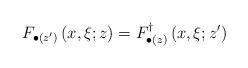
LaTeX: \begin{align*}F_{\bullet(z^{\prime})}\left( x,\xi;z\right) =F_{\bullet(z)}^{\dagger}\left( x,\xi;z^{\prime}\right)\end{align*}